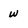
Character: w